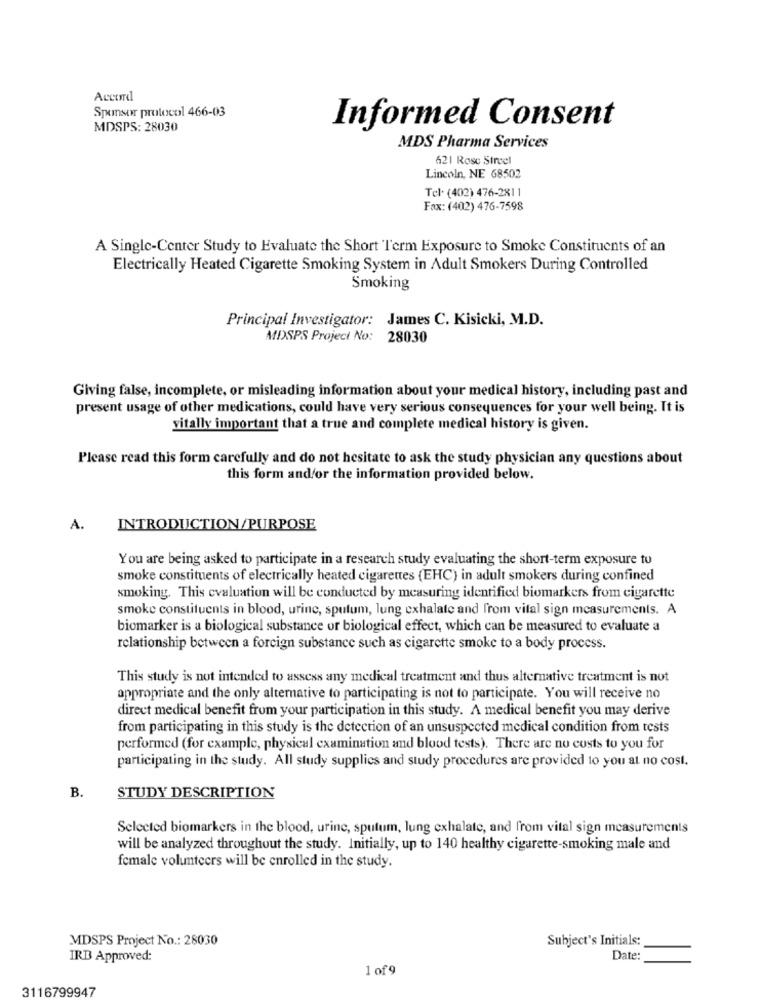
Accord
Spxomsor protocol 466-03
MDSPS: 28030
Informed Consent
MDS Pharma Services
621 Rose Street
Lincoln, NE 68502
Tel. (402) 476-2811
Fax: (402) 476-7598
A Single-Center Study to Evaluate the Short Term Exposure to Smoke Constituents of an
Electrically Heated Cigarette Smoking System in Adult Smokers During Controlled
Smoking
Principal Investigator: James C. Kisicki, M.D.
MDSPS Project No: 28030
Giving false, incomplete, or misleading information about your medical history, including past and
present usage of other medications, could have very serious consequences for your well being. It is
vitally important that a true and complete medical history is given.
Please read this form carefully and do not hesitate to ask the study physician any questions about
this form and/or the information provided below.
A.
INTRODUCTION/PURPOSE
You are being asked to participate in a research study evaluating the short-term exposure to
smoke constituents of electrically heated cigarettes (EHC) in adult smokers during confined
smoking. This cvaluation will be conducted by measuring identified biomarkers from cigarette
smoke constituents in blood, urine, sputum, lung exhalate and from vital sign measurements. A
biomarker is a biological substance or biological effect, which can be measured to evaluate a
relationship between a foreign substance such as cigarette smoke to a body process.
This study is not intended to assess any medical treatment and thus alternative treatment is not
appropriate and the only alternative to participating is not to participate. You will receive no
direct medical benefit from your participation in this study. A medical benefit you may derive
from participating in this study is the detection of an unsuspected medical condition from tests
performed (for example, physical examination and blood tests). There are no costs to you for
participating in the study. All study supplies and study procedures are provided to you at no cost.
B.
STUDY DESCRIPTION
Selected biomarkers in the blood, urine, sputum, lung exhalate, and from vital sign measurements
will be analyzed throughout the study. Initially, up to 140 healthy cigarette-smoking male and
female volunteers will be enrolled in the study.
MDSPS Project No .: 28030
Subject's Initials:
IRB Approved:
Date:
1 of 9
3116799947